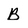
Character: B